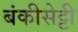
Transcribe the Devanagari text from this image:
बंकीसेट्टी